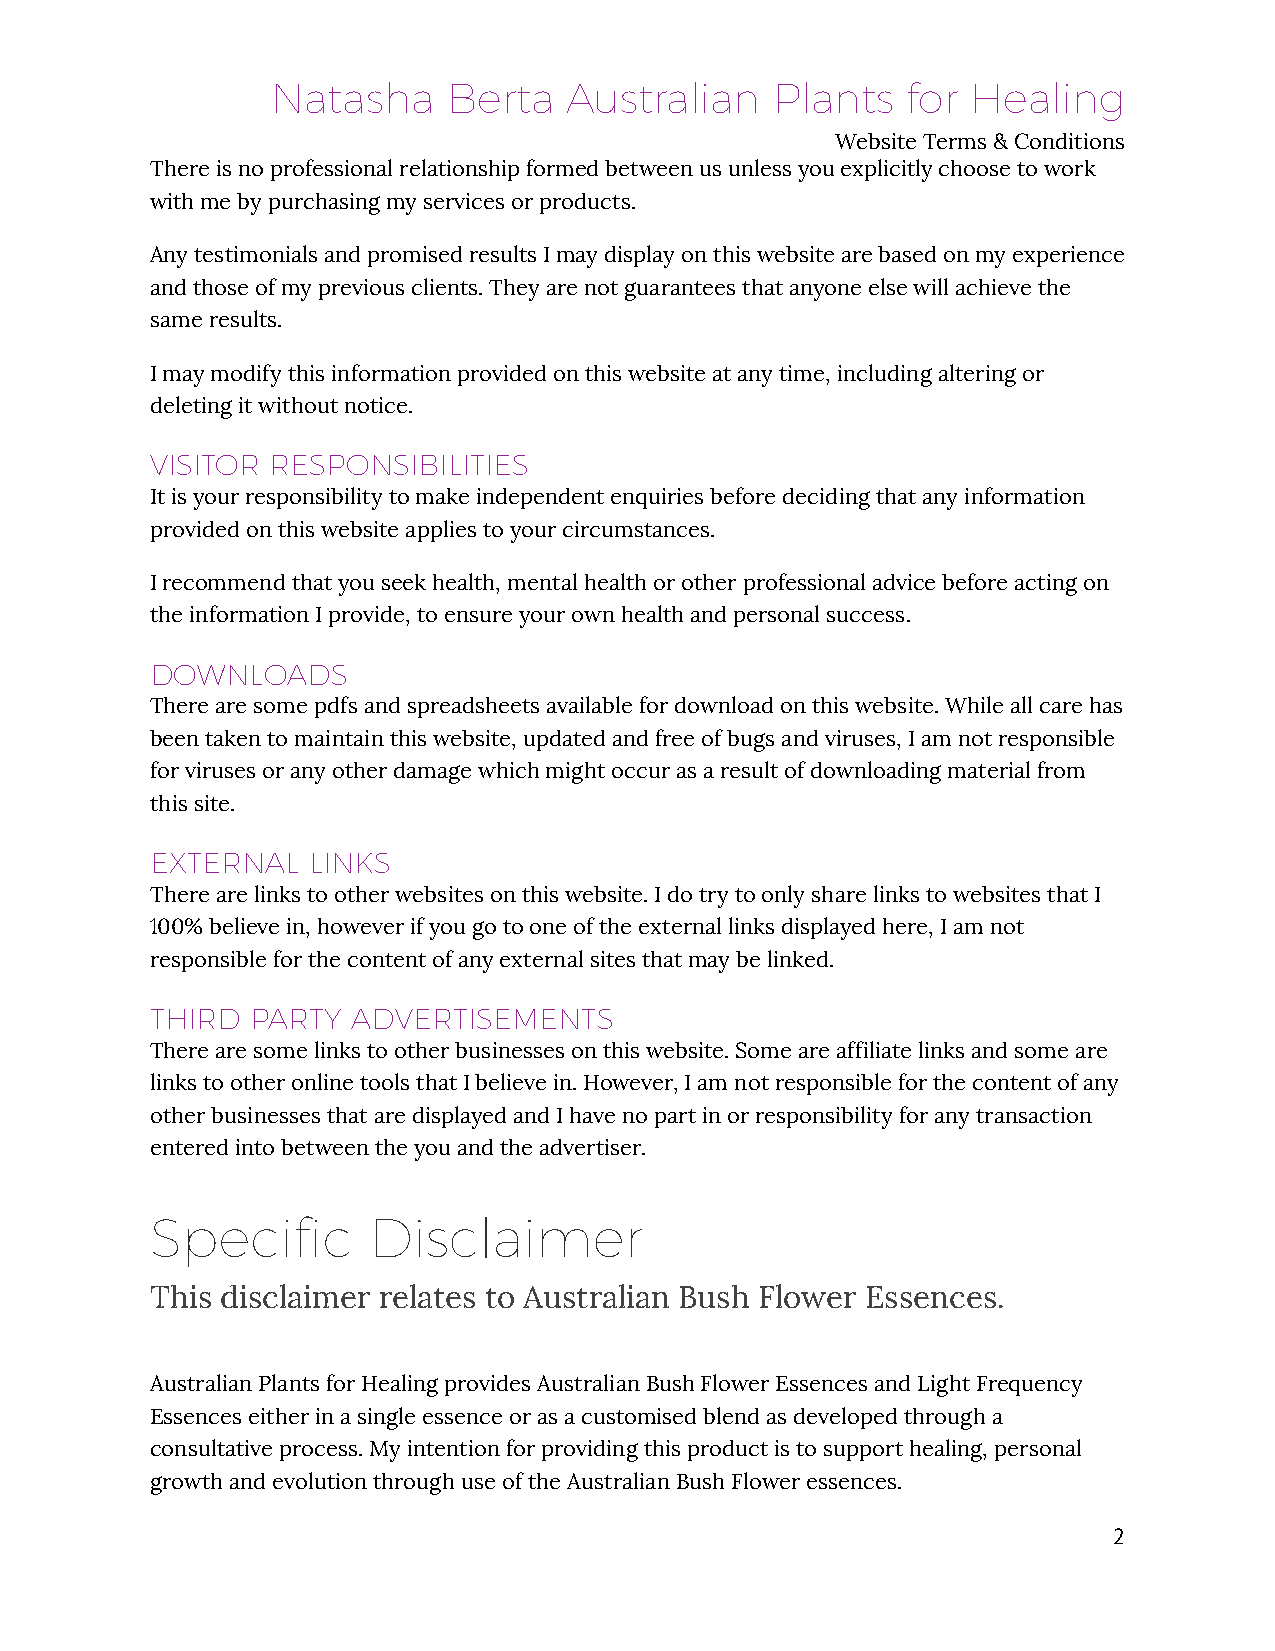
Natasha     Berta   Australian   Plants   for Healing
 Website Terms & Conditions
 There is no professional relationship formed between us unless you explicitly choose to work
 with me by purchasing my services or products.
 Any testimonials and promised results I may display on this website are based on my experience
 and those of my previous clients. They are not guarantees that anyone else will achieve the
 same results.
 I may modify this information provided on this website at any time, including altering or
 deleting it without notice.
 VISITOR RESPONSIBILITIES
 It is your responsibility to make independent enquiries before deciding that any information
 provided on this website applies to your circumstances.
 I recommend that you seek health, mental health or other professional advice before acting on
 the information I provide, to ensure your own health and personal success.
 DOWNLOADS
 There are some pdfs and spreadsheets available for download on this website. While all care has
 been taken to maintain this website, updated and free of bugs and viruses, I am not responsible
 for viruses or any other damage which might occur as a result of downloading material from
 this site.
 EXTERNAL  LINKS
 There are links to other websites on this website. I do try to only share links to websites that I
 100% believe in, however if you go to one of the external links displayed here, I am not
 responsible for the content of any external sites that may be linked.
 THIRD  PARTY ADVERTISEMENTS
 There are some links to other businesses on this website. Some are affiliate links and some are
 links to other online tools that I believe in. However, I am not responsible for the content of any
 other businesses that are displayed and I have no part in or responsibility for any transaction
 entered into between the you and the advertiser.
 Specific      Disclaimer
 This disclaimer relates to Australian Bush Flower Essences.
 Australian Plants for Healing provides Australian Bush Flower Essences and Light Frequency
 Essences either in a single essence or as a customised blend as developed through a
 consultative process. My intention for providing this product is to support healing, personal
 growth and evolution through use of the Australian Bush Flower essences.
 2